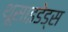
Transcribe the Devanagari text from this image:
थूसाइडेड्स